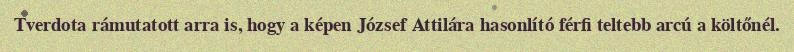
Tverdota rámutatott arra is, hogy a képen József Attilára hasonlító férfi teltebb arcú a költőnél.